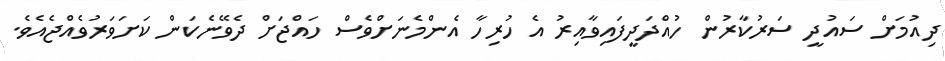
ދިއުމަށް ސައުދީ ސަރުކާރުން ހުއްދަދީފައިވާއިރު އެ ހުރިހާ އެންމެނަށްވެސް ހައްޖަށް ދެވޭނެކަން ކަށަވަރުވެއްޖެއެވެ.